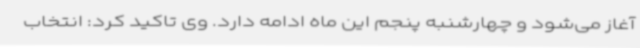
آغاز می‌شود و چهارشنبه پنجم این ماه ادامه دارد. وی تاکید کرد: انتخاب